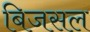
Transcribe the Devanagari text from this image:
बिजसल